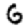
Digit: 6